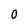
Character: 0